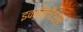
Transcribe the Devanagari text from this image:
इक्विलैटरल